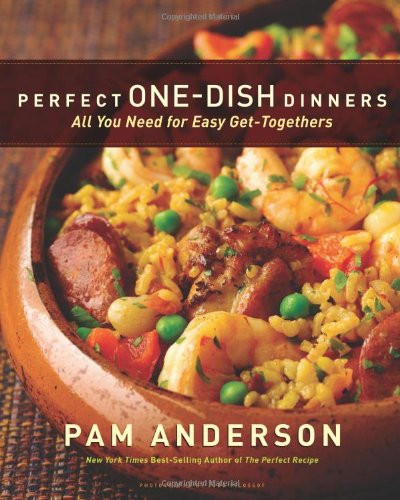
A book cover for Perfect One-Dish Dinners: All You Need for Easy Get-Togethers; Pam Anderson; Cookbooks, Food & Wine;